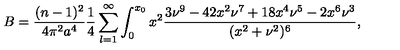
B = \frac { ( n - 1 ) ^ { 2 } } { 4 \pi ^ { 2 } a ^ { 4 } } \frac { 1 } { 4 } \sum _ { l = 1 } ^ { \infty } \int _ { 0 } ^ { x _ { 0 } } x ^ { 2 } \frac { 3 \nu ^ { 9 } - 4 2 x ^ { 2 } \nu ^ { 7 } + 1 8 x ^ { 4 } \nu ^ { 5 } - 2 x ^ { 6 } \nu ^ { 3 } } { ( x ^ { 2 } + \nu ^ { 2 } ) ^ { 6 } } ,